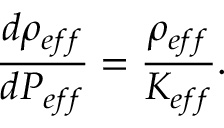
{ \frac { d \rho _ { e f f } } { d P _ { e f f } } } = { \frac { \rho _ { e f f } } { K _ { e f f } } } .